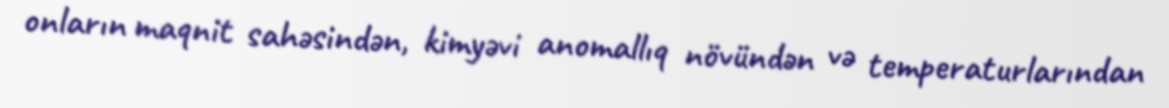
onların maqnit sahəsindən, kimyəvi anomallıq növündən və temperaturlarından